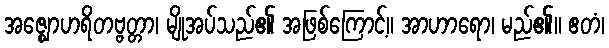
အဇ္ဈောဟရိတဗ္ဗတ္တာ၊ မျိုအပ်သည်၏ အဖြစ်ကြောင့်။ အာဟာရော၊ မည်၏။ ဧတံ၊